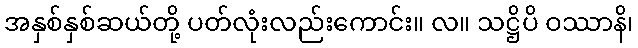
အနှစ်နှစ်ဆယ်တို့ ပတ်လုံးလည်းကောင်း။ လ။ သဋ္ဌိပိ ဝဿာနိ၊